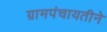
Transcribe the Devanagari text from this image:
ग्रामपंचायतीने